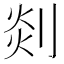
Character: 剡